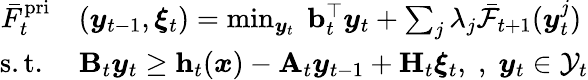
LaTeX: \begin{array}{rl}{\bar{F}_{t}^{\mathrm{{pri}}}}&{({\boldsymbol y}_{t-1},{\boldsymbol\xi}_{t})=\operatorname*{min}_{\boldsymbol{y}_{t}}\; {\mathbf b}_{t}^{\top}{\boldsymbol y}_{t}+\sum_{j}{\lambda}_{j}\bar{\mathcal{F}}_{t+1}({\boldsymbol y}_{t}^{j})}\\ {\mathrm{s.t.}\; }&{{\mathbf B}_{t}{\boldsymbol y}_{t}\geq{\mathbf h}_{t}({\boldsymbol x})-{\mathbf A}_{t}{\boldsymbol y}_{t-1}+{\mathbf H}_{t}{\boldsymbol\xi}_{t},\; ,\; {\boldsymbol y}_{t}\in\mathcal{Y}_{t}}\end{array}